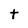
Character: t